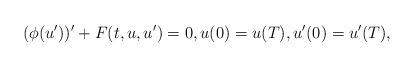
LaTeX: \begin{align*}(\phi(u'))' + F(t,u,u') = 0, u(0)=u(T), u'(0)=u'(T),\end{align*}